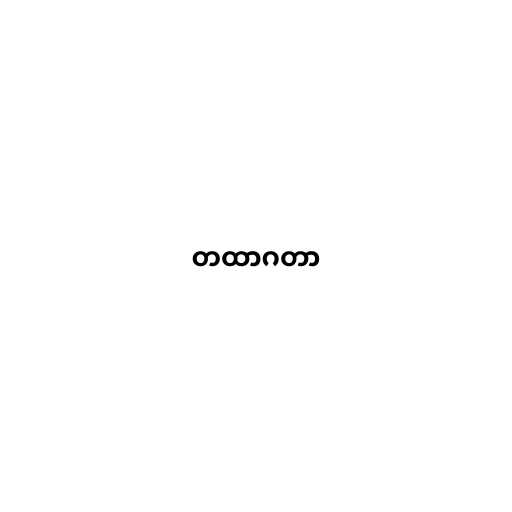
တထာဂတာ